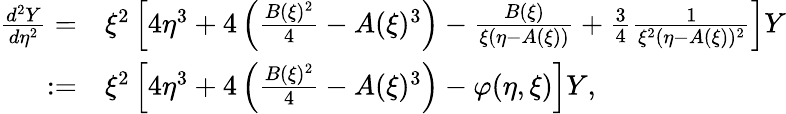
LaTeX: \begin{array}{rl}{\frac{d^{2}Y}{d\eta^{2}}=}&{\xi^{2}\left[4\eta^{3}+4\left(\frac{B(\xi)^{2}}{4}-A(\xi)^{3}\right)-\frac{B(\xi)}{\xi(\eta-A(\xi))}+\frac{3}{4}\frac{1}{\xi^{2}(\eta-A(\xi))^{2}}\right]Y}\\ {:=}&{\xi^{2}\left[4\eta^{3}+4\left(\frac{B(\xi)^{2}}{4}-A(\xi)^{3}\right)-\varphi(\eta,\xi)\right]Y,}\end{array}